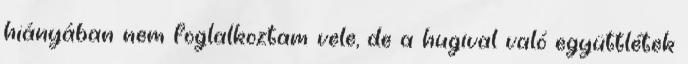
hiányában nem foglalkoztam vele, de a hugival való együttlétek